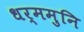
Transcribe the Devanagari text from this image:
धर्ममुनि